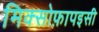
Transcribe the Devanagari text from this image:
मिक्सोफ़ापइसी